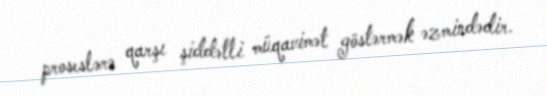
proseslərə qarşı şiddətli müqavimət göstərmək əzmindədir.